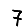
Digit: 7